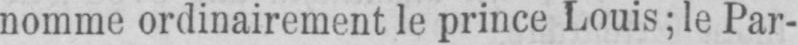
nomme ordinairement le prince Louis; le Par-